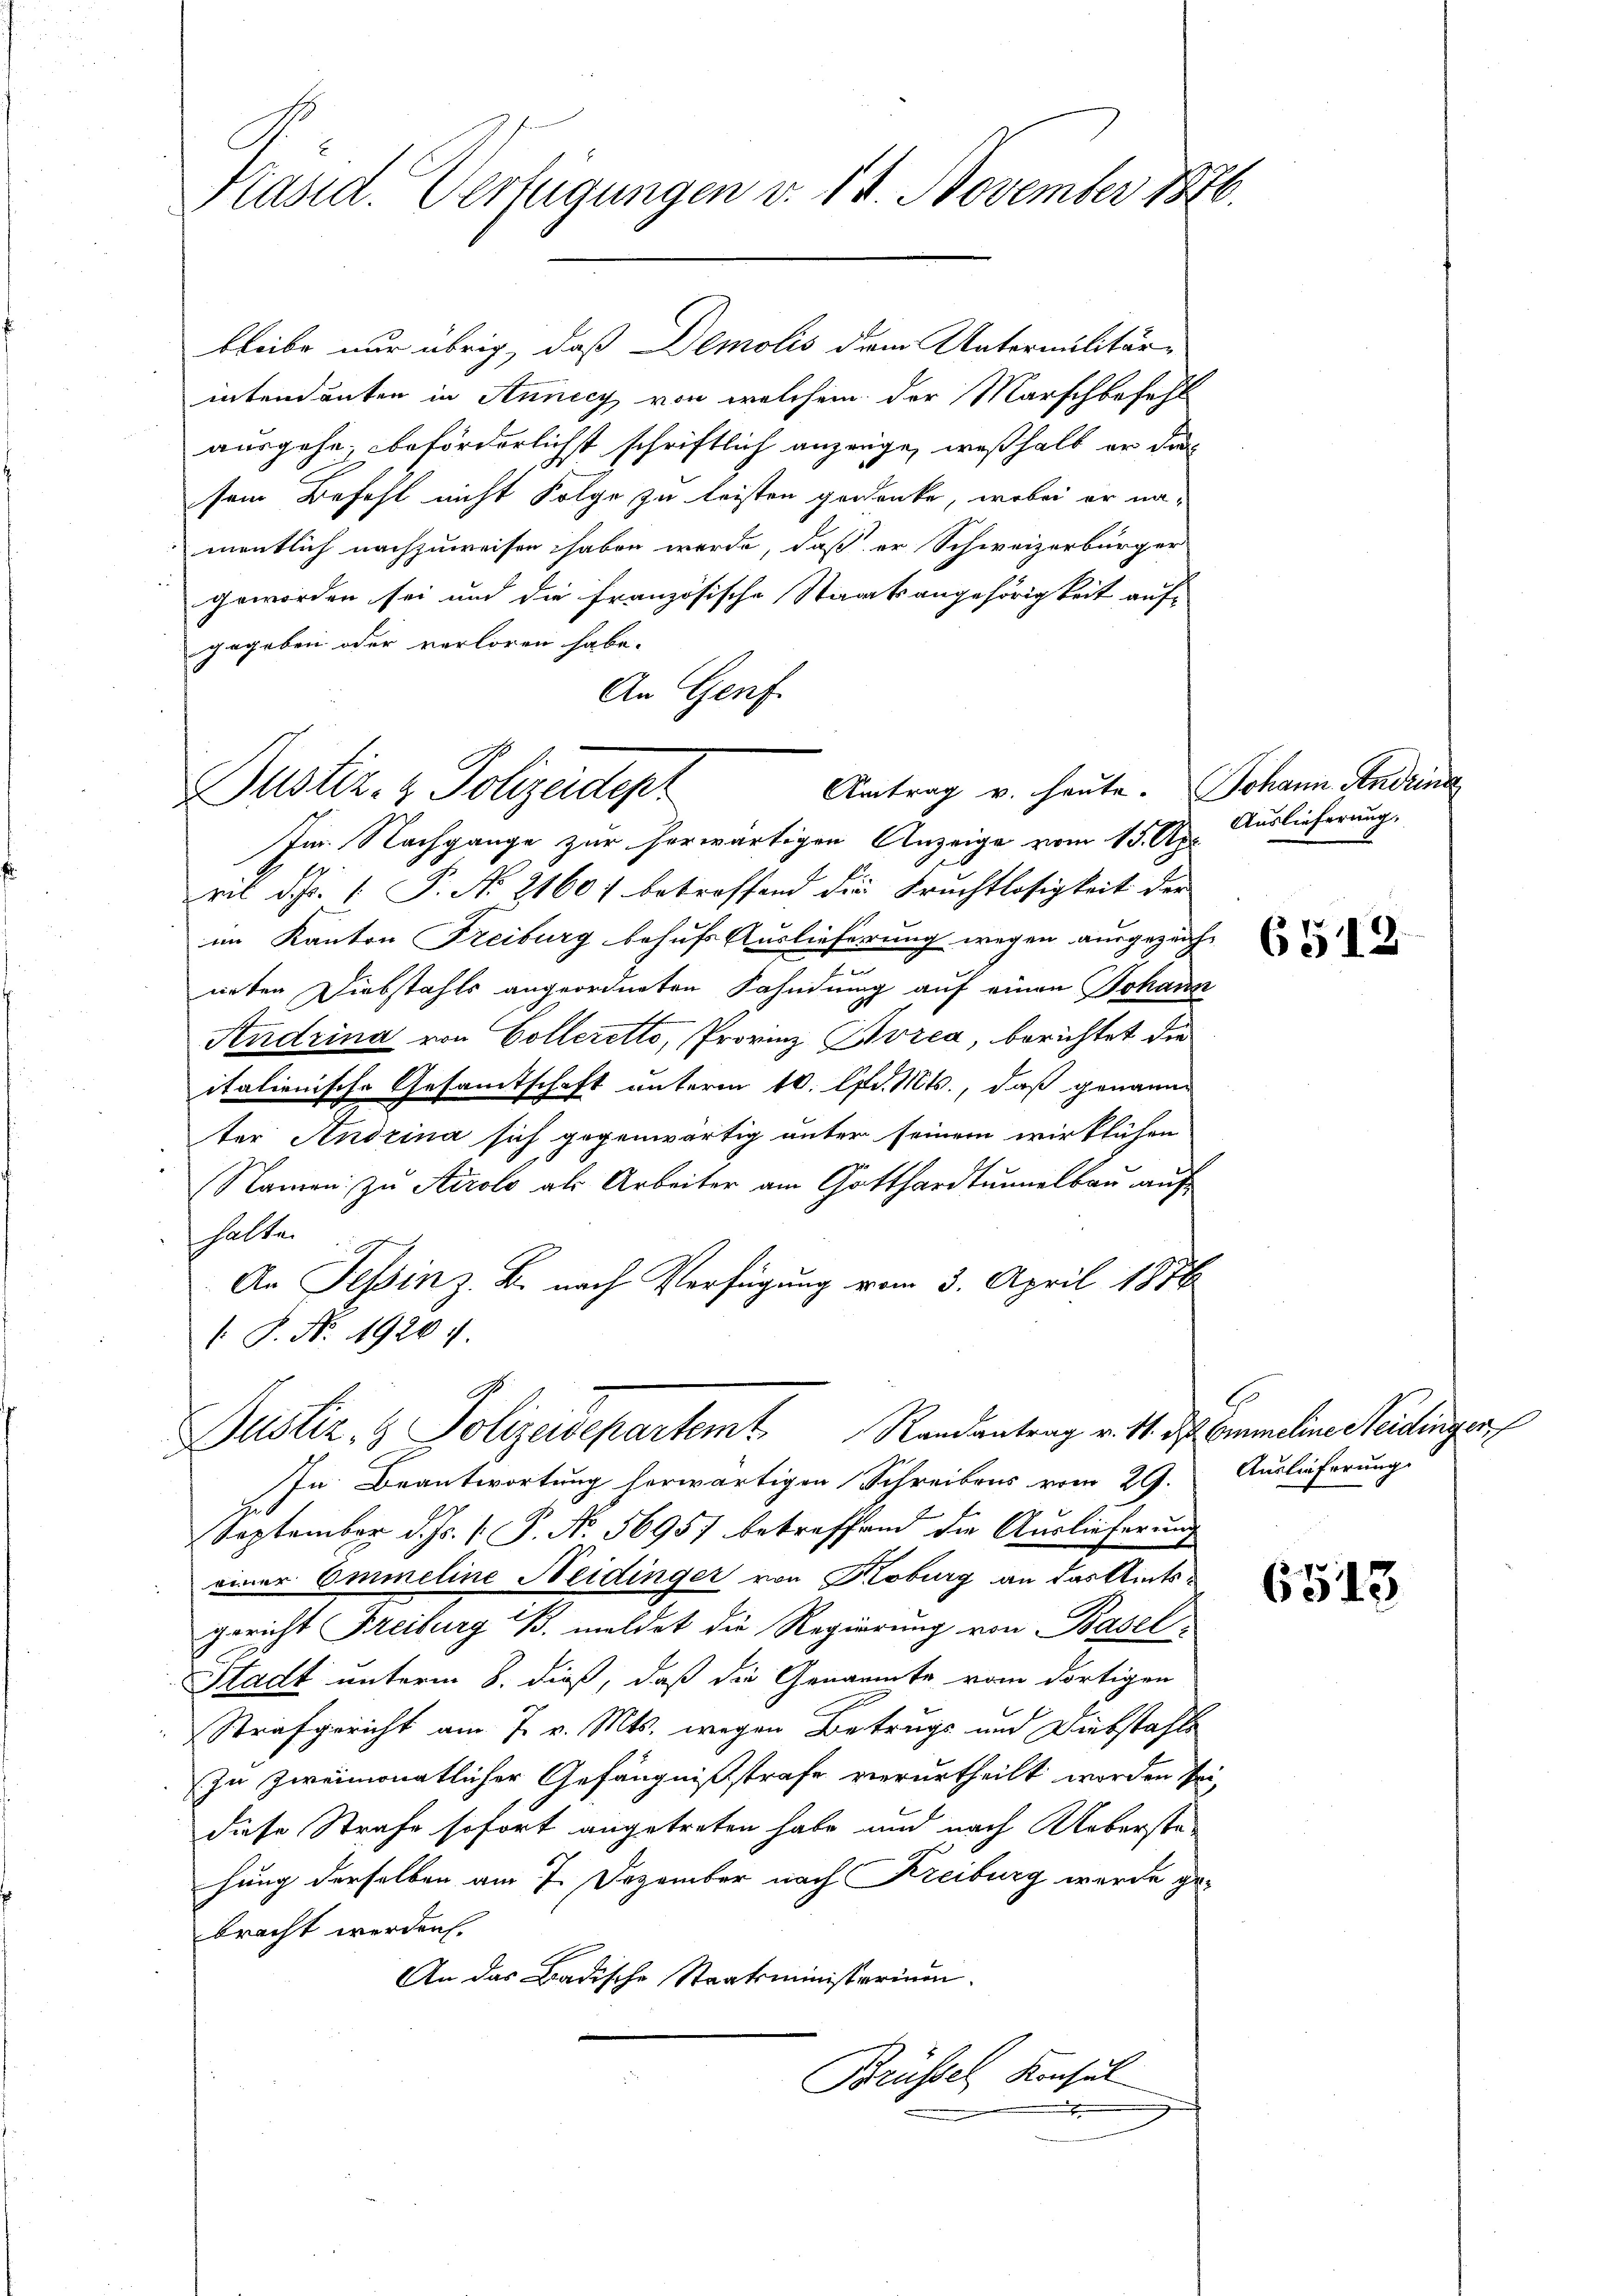
Präsid. Verfügungen v. 12. November 1876.

Dustiz- & Polizeidept

bleibe nur übrig, daß Demolis dem Untermilitär-
intendanten in Annicy von welchem der Marschbefehl
ausgehe, beförderlichst schriftlich anzeige, weßhalb er das
sem Befehl nicht Folge zu leisten gedenke, wobei er namentlich nachzuweisen haben werde, daß er Schweizerbürger
geworden sei und die französische Staatsangehörigkeit auf-
gegeben oder verloren habe.
An Genf.
Antrag v. heute. Johann Andring
Im Nachgange zur herwärtigen Anzeige vom 15. Apr
ril d. 1. P. Nr. 21607 betreffend die Fruchtlosigkeit der
im Kanton Freiburg behufs Auslieferung wegen ausgezeich-
neten Diebstahls angeordneten Fahndung auf einen Johann
Andrina von Colleretto, Provinz Kozea, berichtet die
italienische Gesamtschaft unterm 10. Apr. Mts., daß genann
ter Andrina sich gegenwärtig unter seinem wirklichen
Namen zŭ Airolo als Arbeiter am Gotthardtunnelbau auf
halte.
An Tessin z. B. nach Verfügung vom 3. April 1876
 P. No. 19264.
Justiz- & Polizeidepartemt. Randantrag v. 11. ds. bemeline Steidinger
In Beantwortung herwärtigen Schreibens vom 29. Auslieferung
f
September d. Js. (T. No. 56957 betreffend die Auslieferung
einer Ommeline Neidinger von Koburg an das Amtsgericht Freiburg B. meldet die Regierung von Basel
Stadt unterm 8. dieß, daß die Genannte vom dortigen
Strafgericht am 7. v. Mts. wegen Betrugs und Diebstahle
zu zweimonatlicher Gefängnißstrafe verurtheilt worden se
diese Strafe sofort angetreten habe und nach Ueberste
hung derselben am 7. Dezember nach Kreiburg wurde gebracht werden.
An das Badische Staatsministerium.
Brüssel, Konsul

Auslieferung.

6512

6

6513